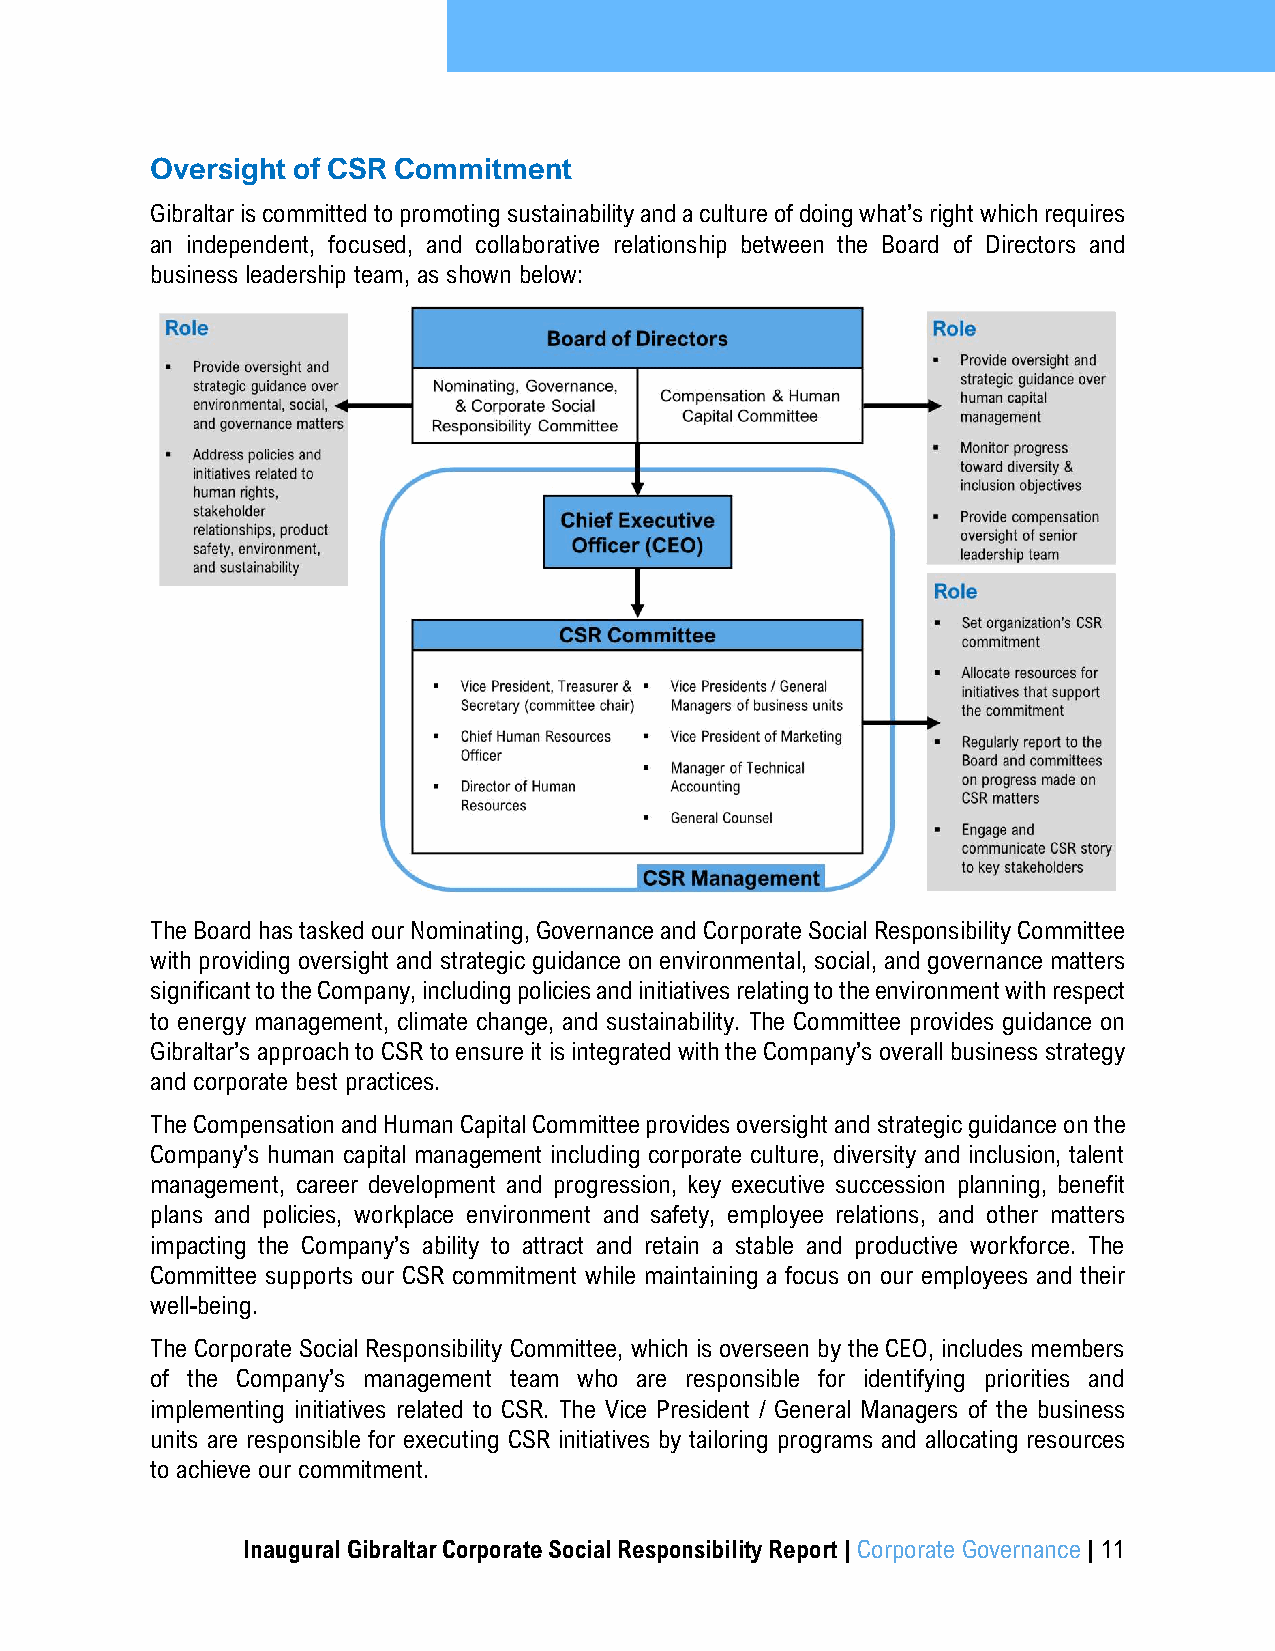
Oversight of CSR Commitment
 Gibraltar is committed to promoting sustainability and a culture of doing what’s right which requires
 an independent, focused, and collaborative relationship between the Board of Directors and
 business leadership team, as shown below:
 The Board has tasked our Nominating, Governance and Corporate Social Responsibility Committee
 with providing oversight and strategic guidance on environmental, social, and governance matters
 significant to the Company, including policies and initiatives relating to the environment with respect
 to energy management, climate change, and sustainability. The Committee provides guidance on
 Gibraltar’s approach to CSR to ensure it is integrated with the Company’s overall business strategy
 and corporate best practices.
 The Compensation and Human Capital Committee provides oversight and strategic guidance on the
 Company’s human capital management including corporate culture, diversity and inclusion, talent
 management, career development and progression, key executive succession planning, benefit
 plans and policies, workplace environment and safety, employee relations, and other matters
 impacting the Company’s ability to attract and retain a stable and productive workforce. The
 Committee supports our CSR commitment while maintaining a focus on our employees and their
 well-being.
 The Corporate Social Responsibility Committee, which is overseen by the CEO, includes members
 of the Company’s management team who are responsible for identifying priorities and
 implementing initiatives related to CSR. The Vice President / General Managers of the business
 units are responsible for executing CSR initiatives by tailoring programs and allocating resources
 to achieve our commitment.
 Inaugural Gibraltar Corporate Social Responsibility Report | Corporate Governance | 11